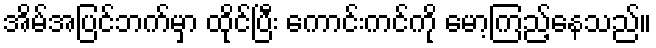
အိမ်အပြင်ဘက်မှာ ထိုင်ပြီး ကောင်းကင်ကို မော့ကြည့်နေသည်။